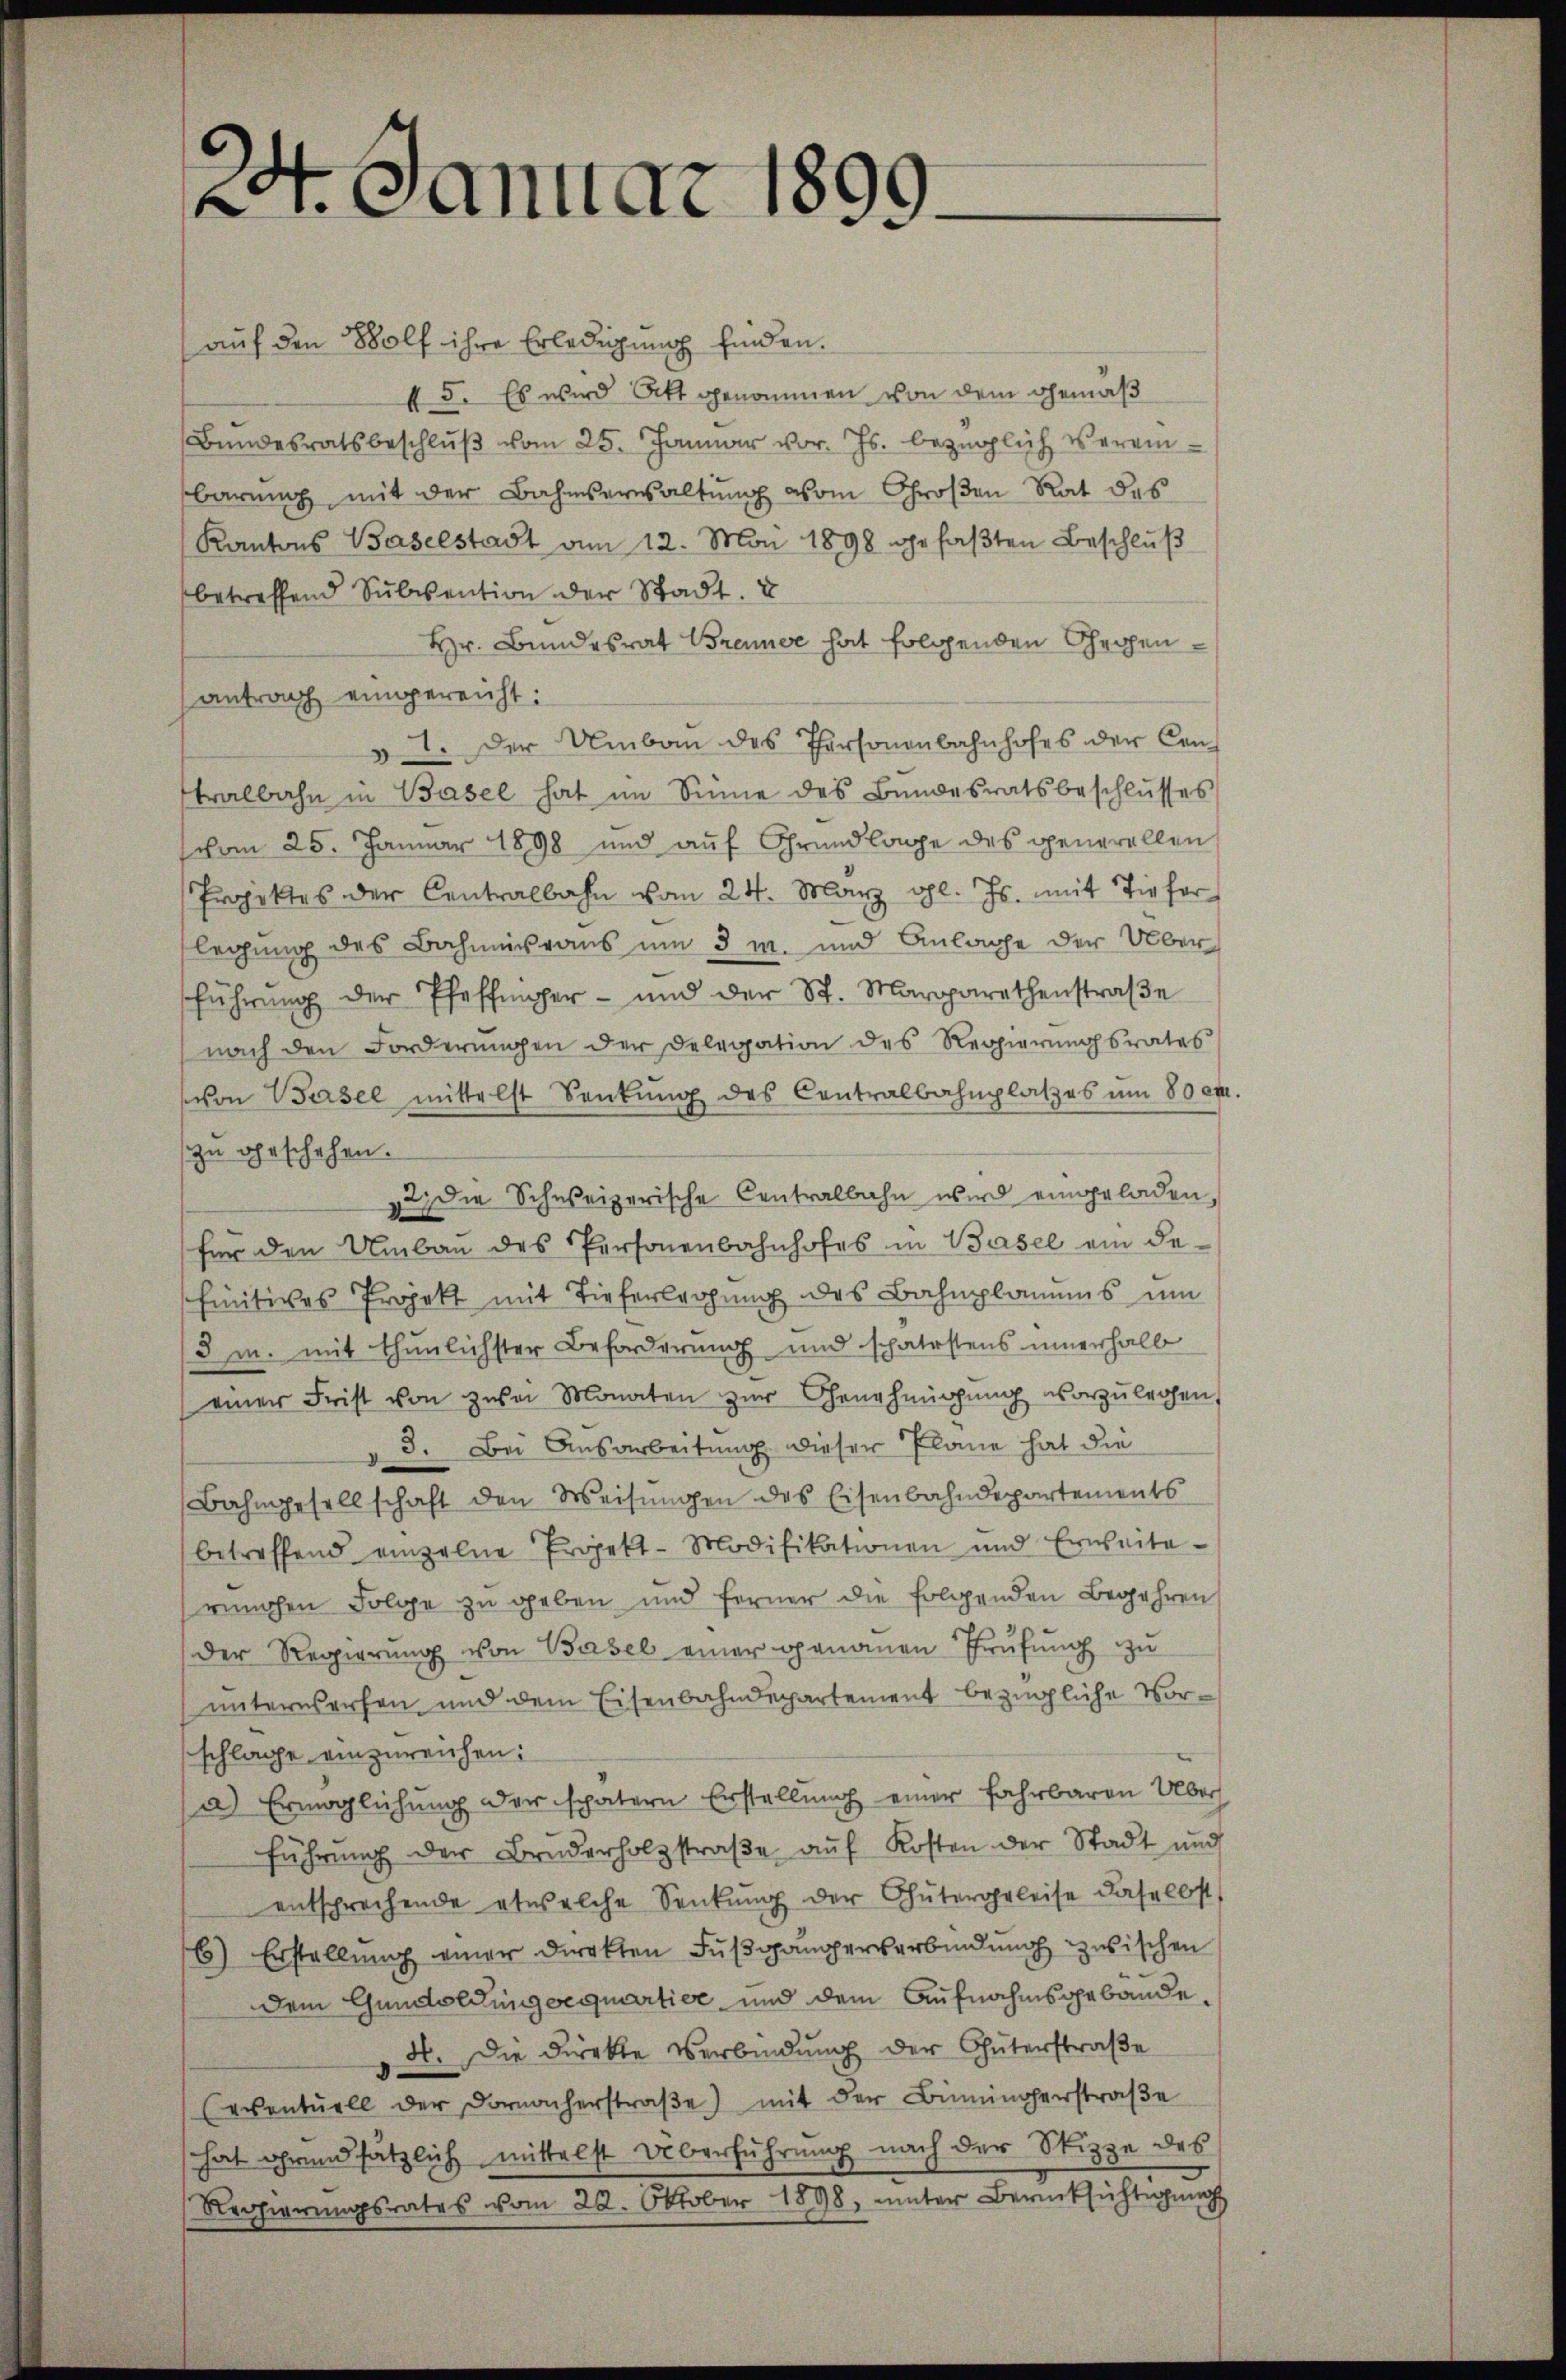
¬
24. Januar 189
d

auf den Wolf ihre Erledigung finden.
d. Es wird Ott genommen von dem gemäß
Bundesratsbeschlŭβ vom 25. Januar vor. Js. bezüglich vereinbarŭng mit der Bahmserwaltŭng vom Großen Rat des
Kantons Baselstadt vom 12. Mai 1898 gefaβten Beschlŭβ
betreffend Subvention der Stadt.
Hr. Bundesrat Brenner hat folgenden Gegenantrag eingereicht:
& 1. Der Umbaŭ des Personenbahnhofes der Con-
tralbahn in Basel hat im Sinne des Bŭndesratsbeschlŭsses
vom 25. Januar 1898 und aŭf Grundlage des generallen
Projektes der Centralbahn vom 24. März l. Js. mit Tiefer
legung des Bahnerraus um 3 M. und Anlage der Über
führung der Pfeffenher - und der St. Margarethenstraβe
nach den Forderŭngen der Delegation des Regierŭngsrates
schon Basel mittelst Senkung des Contralbahnplatzes um 80 er
zu erschehen.
42. Die Schweizerische Centralbahn wird eingeladen,
für den Umbau des Personenbahnhofes in Basel ein de-
finitives Projekt mit Tieferlegung des Bahnplanes um
5m. mit thunlichster Beforderung und schaterstens innerhalb
einer Frist von zwei Monaten zŭr Genehmigŭng vorzŭlegen,
3. Bei Ausarbeitung dieser Pläne hat die
Bahngesellschaft den Weisŭngen des Eisenbahndepartements
betreffend einzelne Projekt-Modifikationen und Erweiterünchen Folge zu geben und ferner die folgenden Begehren
Der Regierung von Basel einer genauen Prüfung zu
unterwerfen und dem Eisenbahndepartement bezügliche Vorschlage einzureichen:
a) Ermöglichung der spätern Erstellung einer Fahrbaren Übers
führŭng der Bruderholzstraβe aŭf Kosten der Stadt und
entsprechende etwelche Senkŭng der Gütergeleise daselbst
6) Erstellung einer Direkten Fußgängerverbindung zwischen
dem Gundoldungsquartier, und dem Aufnahmsgebäude,
4. Die Direkte Verbindung der Güterstraβe
Ceventuell der Dornacherstraβe) mit der Bingerstraβe
hat ihrensätzlich mittelst Überführung nach der Stizze des
Regierungsrates vom 20. Oktober 1898, unter Berücksichtigung